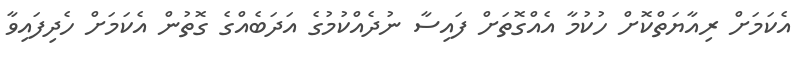
އެކަމަށް ރިއާޔަތްކޮށް ހުކުމާ އެއްގޮތަށް ފައިސާ ނުދެއްކުމުގެ އަދަބެއްގެ ގޮތުން އެކަމަށް ހެދިފައިވާ